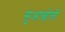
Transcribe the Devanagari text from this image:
सुआखोली